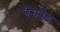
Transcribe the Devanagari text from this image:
बेसबैड